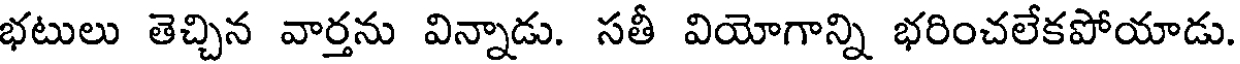
భటులు తెచ్చిన వార్తను విన్నాడు. సతీ వియోగాన్ని భరించలేకపోయాడు.